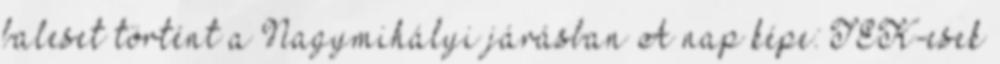
baleset történt a Nagymihályi járásban A nap képe: TEK-esek